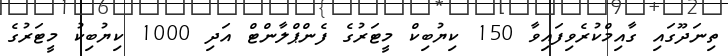
ތިނަދޫގައި ގާއިމްކުރެވިފައިވާ 150 ކިޔުބިކް މީޓަރުގެ ފެންޕްލާންޓް އަދި 1000 ކިޔުބިކު މީޓަރުގެ